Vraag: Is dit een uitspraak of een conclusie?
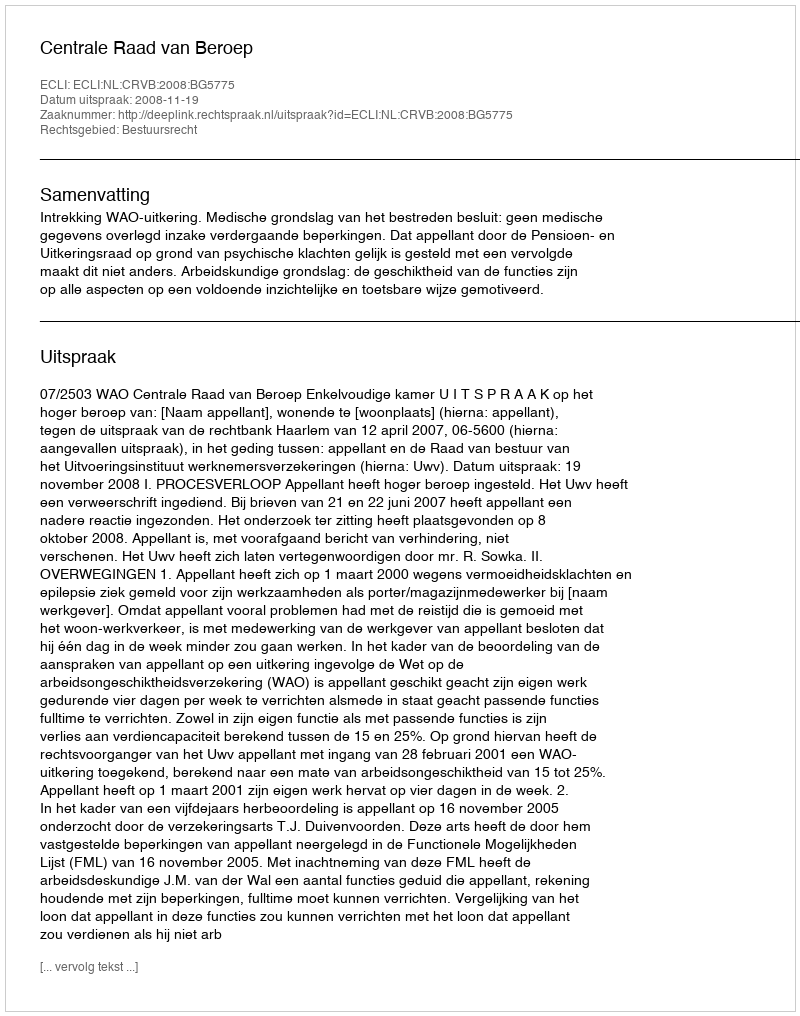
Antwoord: Uitspraak